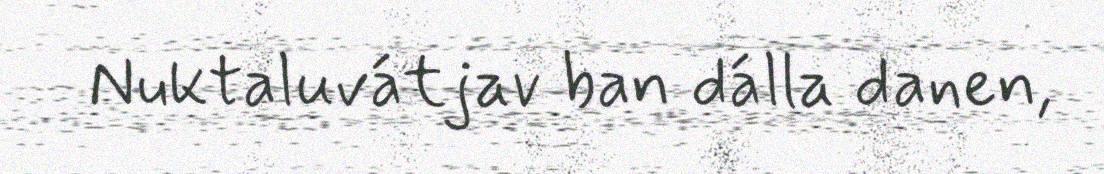
Nuktaluvátjav ban dálla danen,